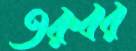
তরুবর